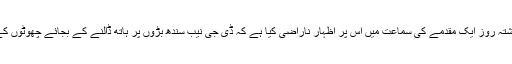
عدالت عظمیٰ نے گزشتہ روز ایک مقدمے کی سماعت میں اس پر اظہار ناراضی کیا ہے کہ ڈی جی نیب سندھ بڑوں پر ہاتھ ڈالنے کے بجائے چھوٹوں کے پیچھے پڑ گیا ہے۔